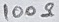
Text: 100Ω